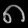
Digit: ၈